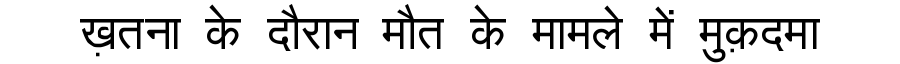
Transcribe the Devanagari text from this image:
ख़तना के दौरान मौत के मामले में मुक़दमा